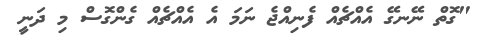
"ގޮތް ނޭނގޭ އެއްޗެއް ފެނިއްޖެ ނަމަ އެ އެއްޗެއް ގެންގޮސް މި ދަނީ